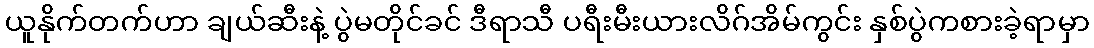
ယူနိုက်တက်ဟာ ချယ်ဆီးနဲ့ ပွဲမတိုင်ခင် ဒီရာသီ ပရီးမီးယားလိဂ်အိမ်ကွင်း နှစ်ပွဲကစားခဲ့ရာမှာ